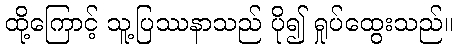
ထို့ကြောင့် သူ့ပြဿနာသည် ပို၍ ရှုပ်ထွေးသည်။